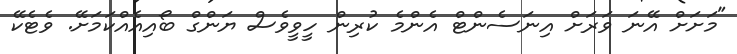
"މަށަށް އޭނަ ވަރަށް އިނަސެންޓް އެންމެ ކުރިން ހީވީވެސް ޔަންގް ބޯއިއެއްކަމަށޭ. ވެޓެކޭ